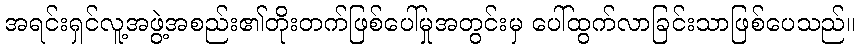
အရင်းရှင်လူ့အဖွဲ့အစည်း၏တိုးတက်ဖြစ်ပေါ်မှုအတွင်းမှ ပေါ်ထွက်လာခြင်းသာဖြစ်ပေသည်။